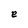
Character: e